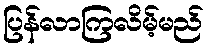
ပြန်လာကြလိမ့်မည်